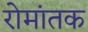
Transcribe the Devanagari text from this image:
रोमांतक